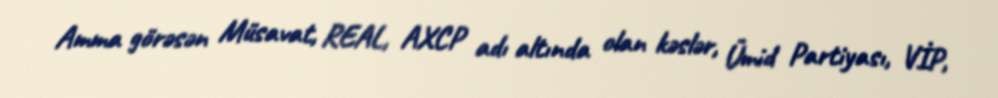
Amma görəsən Müsavat, REAL, AXCP adı altında olan kəslər, Ümid Partiyası, VİP,